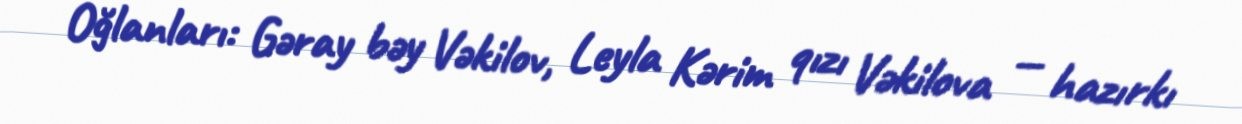
Oğlanları: Gəray bəy Vəkilov, Leyla Kərim qızı Vəkilova — hazırkı